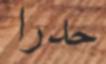
حدرا